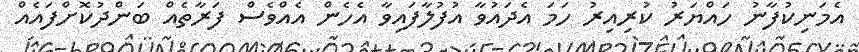
އެމަނިކުފާނު ހައްޔަރު ކުރިއިރު ހަމަ އެދައުވާ އުފުލާފައިވާ އެހެން އެއްވެސް ފަރާތެއް ބަންދުކޮށްފައެއް